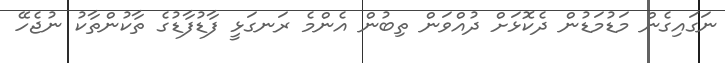
ނަގައިގެން މަޑުމަޑުން ދެކޮޅަށް ދުއްވަން ތިބުން އެންމެ ރަނގަޅީ ފާޑުފާޑުގެ ތާކުންތާކު ނުޖެހޭ